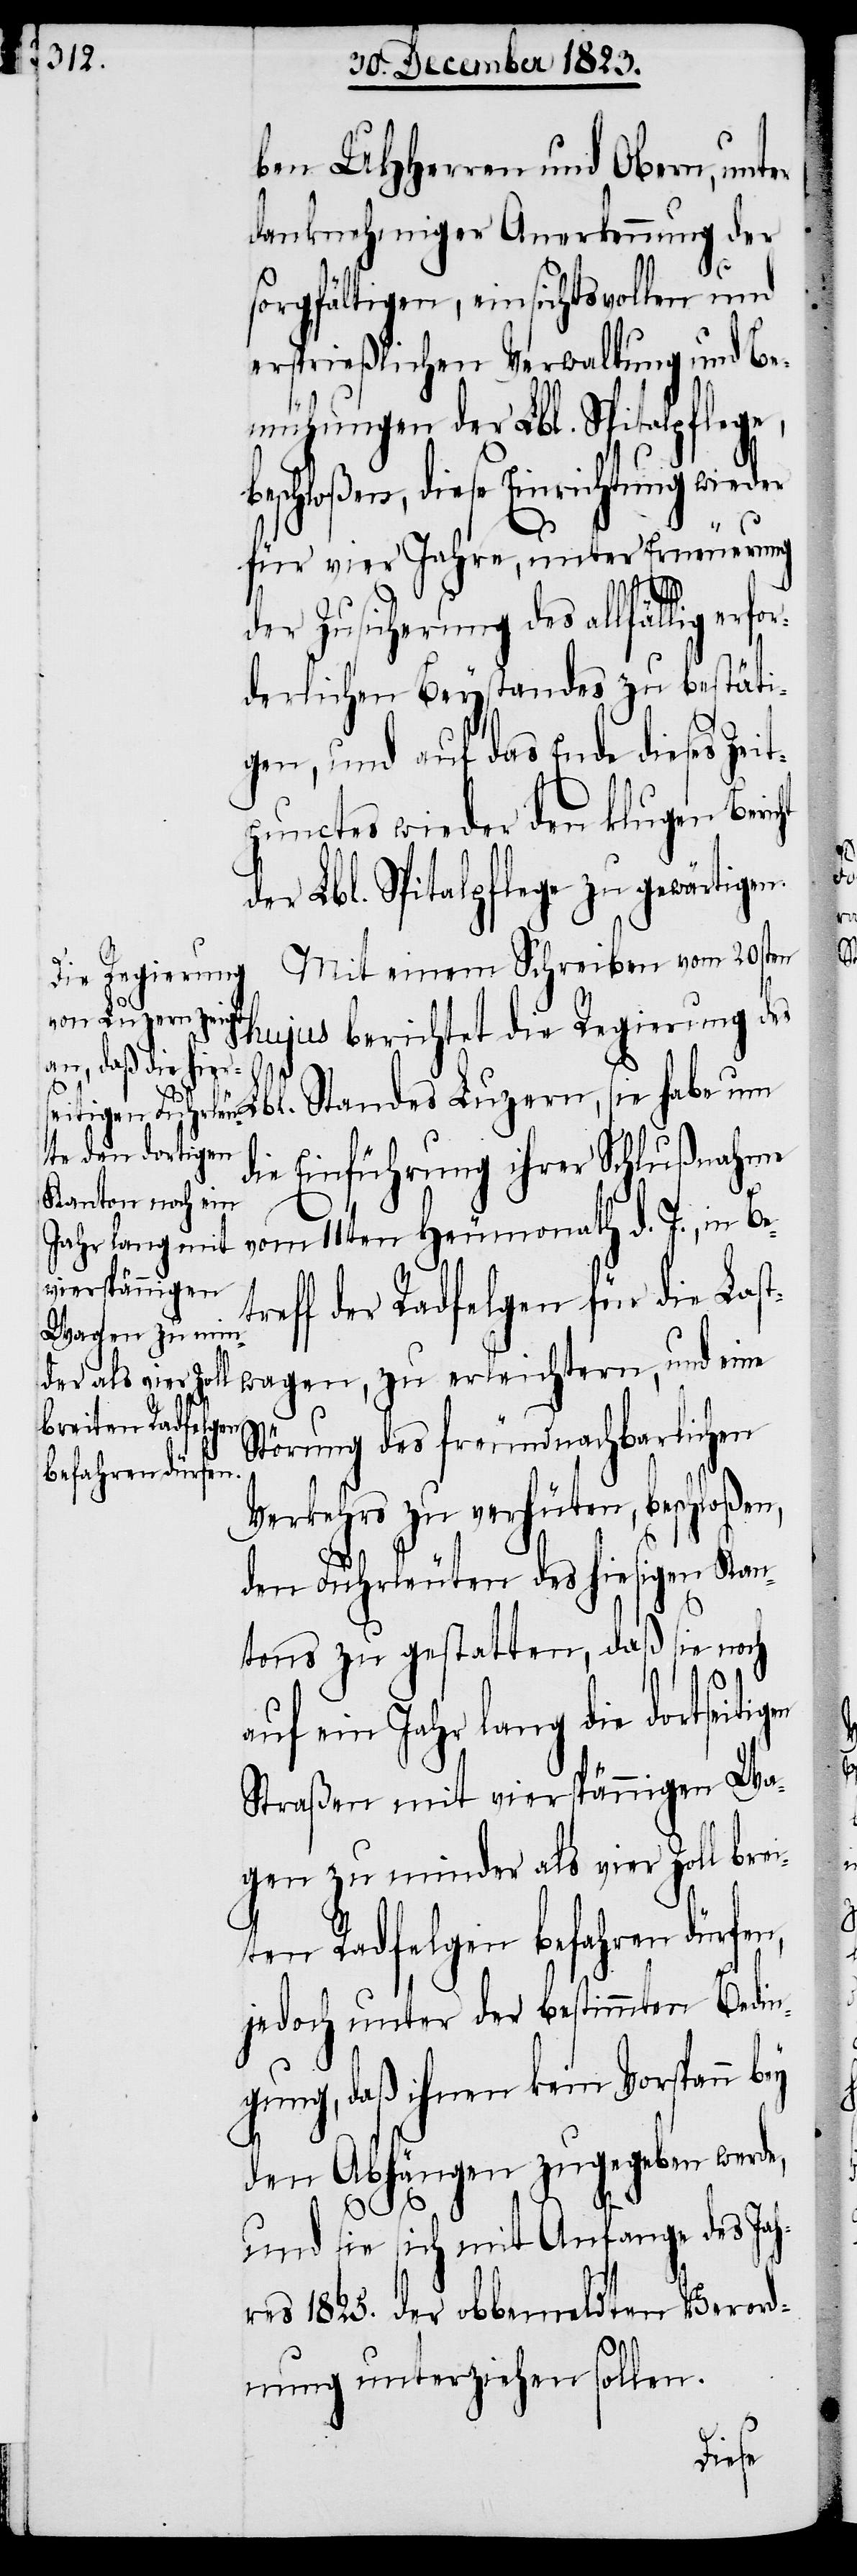
ben UHHerren und Obern, unter
danknehmiger Anerkennung der
sorgfältigen, einsichtsvollen und
ersprießlichen Verwaltung und Be¬
mühungen der Lbl. Spitalpflege,
beschloßen, diese Einrichtung wieder
für vier Jahre, unter Erneuerung
der Zusicherung des allfällig er¬
derlichen Beystandes zu bestäti¬
gen, und auf das Ende dieses Zeit¬
punctes wieder den klugen Beri¬
der Lbl. Spitalpflege zu gewärtigen.
Mit einem Schreiben vom 20sten
hujus berichtet die Regierung d¬
es Lbl. Standes Luzern, sie habe um
die Einführung ihrer Schlußnahme
vom 11ten Heumonath d. J., in B¬
reff der Radfelgen für die Las¬
twagen, zu erleichtern, und eine
Störung des freundnachbarlichen
Verkehrs zu verhüten, beschloßen,
den Fuhrleuten des hiesigen Kan¬
tons zu gestatten, daß sie noch
for¬
auf ein Jahr lang die dortseitigen
Straßen mit vierspännigen Wa¬
gen zu minder als vier Zoll brei¬
ten Radfelgen befahren dürfen,
jedoch unter der bestimmten Bedin¬
gung, daß ihnen kein Vorspann bey
den Abhängen zugegeben werd¬
e,
und sie sich mit Anfange des Jah¬
res 1825. der obbemeldten Verord¬
nung unterziehen sollen.
et¬